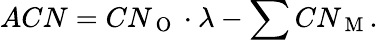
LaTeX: ACN=CN_{\mathrm{~O~}}\cdot\lambda-\sum CN_{\mathrm{~M~}}.